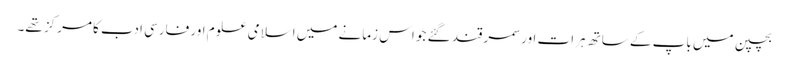
بچپن میں باپ کے ساتھ ہرات اور سمرقند گئے جو اس زمانے میں اسلامی علوم اور فارسی ادب کا مرکز تھے۔